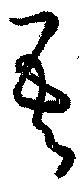
吾